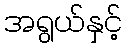
အရွယ်နှင့်